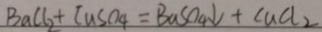
B a C l _ { 2 } + C a S O _ { 4 } = B a S O _ { 4 } \downarrow + C a C l _ { 2 }